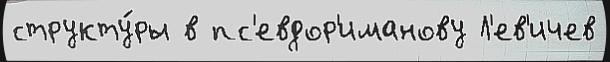
структу́ры в пс'евдор'иманову Л'ев'ичев